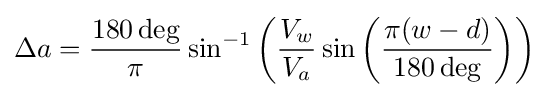
\Delta a={\frac {180\deg }{\pi }}\sin ^{-1}\left({\frac {V_{w}}{V_{a}}}\sin \left({\frac {\pi (w-d)}{180\deg }}\right)\right)